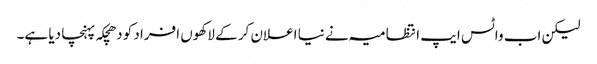
لیکن اب واٹس ایپ انتظامیہ نے نیا اعلان کر کے لاکھوں افراد کو دھچکہ پہنچا دیا ہے۔